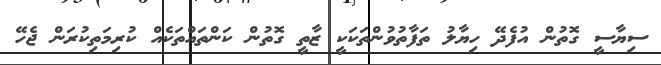
ސިޔާސީ ގޮތުން އުފެދޭ ހިޔާލު ތަފާތުވުންތަކަކީ ޒާތީ ގޮތުން ކަންތައްތަކެއް ކުރިމަތިކުރަން ޖެހޭ